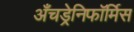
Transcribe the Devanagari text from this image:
अँचड्रेनिफॉर्मिस